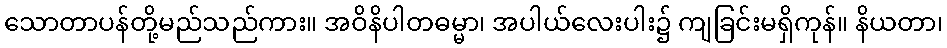
သောတာပန်တို့မည်သည်ကား။ အဝိနိပါတဓမ္မာ၊ အပါယ်လေးပါး၌ ကျခြင်းမရှိကုန်။ နိယတာ၊